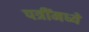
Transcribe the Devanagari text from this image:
पत्रींमध्ये